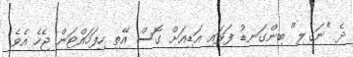
ދެ "ނަގިލި" ބިންގަނޑު ފަޅައި އަޑިއަށް ގޮސް އޭތި ހިފަހައްޓަން ޖެހެ އެވެ.